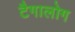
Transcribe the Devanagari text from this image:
टैगालोग